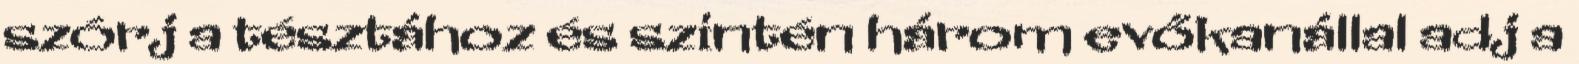
szórj a tésztához és szintén három evőkanállal adj a